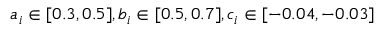
a _ { i } \in [ 0 . 3 , 0 . 5 ] , b _ { i } \in [ 0 . 5 , 0 . 7 ] , c _ { i } \in [ - 0 . 0 4 , - 0 . 0 3 ]